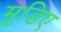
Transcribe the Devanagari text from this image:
मुडिए